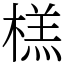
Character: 榚